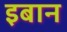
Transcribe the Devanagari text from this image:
इबान